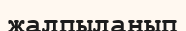
жалпыланып